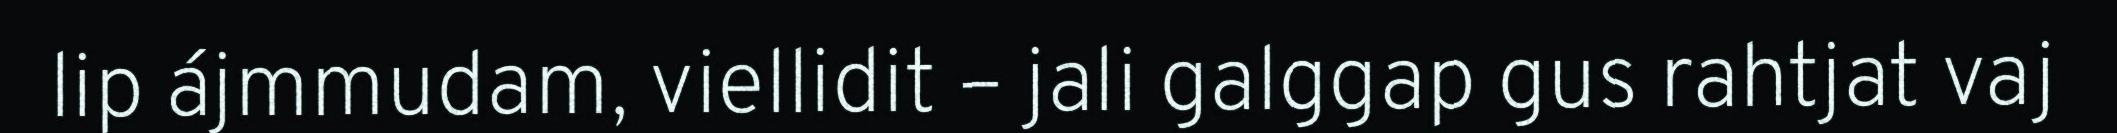
lip ájmmudam, viellidit – jali galggap gus rahtjat vaj